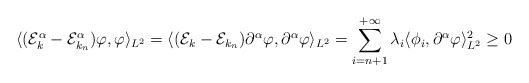
\begin{align*}\langle (\mathcal{E}_{k}^{\alpha} - \mathcal{E}_{k_n}^{\alpha})\varphi,\varphi\rangle_{L^2} = \langle (\mathcal{E}_{k} - \mathcal{E}_{k_n})\partial^{\alpha}\varphi,\partial^{\alpha}\varphi\rangle_{L^2}= \sum_{i=n+1}^{+\infty} \lambda_i \langle \phi_i,\partial^{\alpha}\varphi\rangle_{L^2}^2 \geq 0\end{align*}